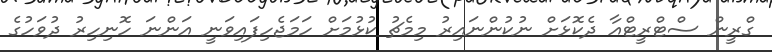
ގްރީން ސްޓްރީޓްއާ ދެކޮޅަށް ނުކުންނައިރު މިމެޗު ކުޅުމަށް ހަމަޖެހިފައިވަނީ އަންނަ ހޮނިހިރު ދުވަހުގެ